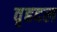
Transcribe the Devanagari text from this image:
वृहदल